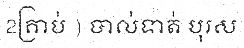
2គ្រាប់ ) បាល់ទាត់ បុរស